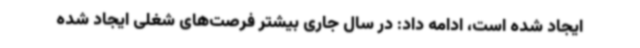
ایجاد شده است، ادامه داد: در سال ‌جاری بیشتر فرصت‌های شغلی ایجاد شده